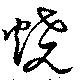
燒